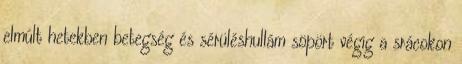
elmúlt hetekben betegség és sérüléshullám söpört végig a srácokon